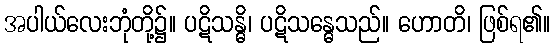
အပါယ်လေးဘုံတို့၌။ ပဋိသန္ဓိ၊ ပဋိသန္ဓေသည်။ ဟောတိ၊ ဖြစ်ရ၏။